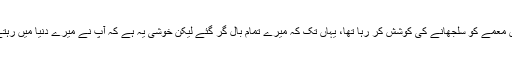
میں بہت عرصے سے بال کے اس معمے کو سلجھانے کی کوشش کر رہا تھا، یہاں تک کہ میرے تمام بال گر گئے لیکن خوشی یہ ہے کہ آپ نے میرے دنیا میں رہتے ہوئے اس مسئلے کو حل کر دیا۔